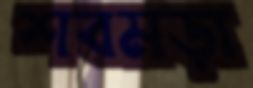
শবমড়া